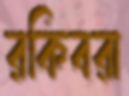
রকিবরা